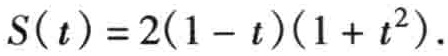
\(S(t)=2(1 - t)(1 + t^{2})\)